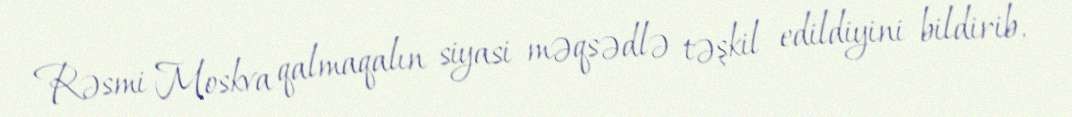
Rəsmi Moskva qalmaqalın siyasi məqsədlə təşkil edildiyini bildirib,